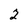
Character: 2